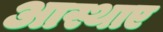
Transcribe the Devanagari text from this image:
आस्थाए